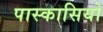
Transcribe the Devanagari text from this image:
पास्कासियो